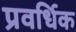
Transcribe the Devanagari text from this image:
प्रवर्धिक